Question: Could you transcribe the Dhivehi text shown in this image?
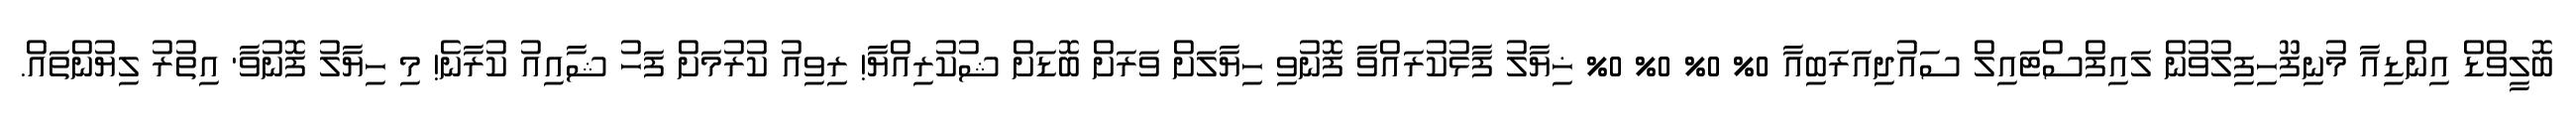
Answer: ބޮލީވްޑް އިންޑިއާ މުނިފޫހިފިލުވުން ލައިފްސްޓައިލް ސައުދިއަރަބިއާ 0% 0% 0% 0% ޚިޔާލު ފާޅުކުރައްވާ ފޮނުވި ހިޔާލަށް ވަރަށް ބޮޑަށް ޝުކުރިއްޔާ! ރިވިއު ކުރުމަށް ފަހު ޝާއިއު ކުރާނެ! މި ހިޔާލު ފޮނުވާ' އިތުރު ލިޔުންތައް.